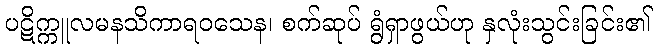
ပဋိက္ကူလမနသိကာရဝသေန၊ စက်ဆုပ် ရွံရှာဖွယ်ဟု နှလုံးသွင်းခြင်း၏